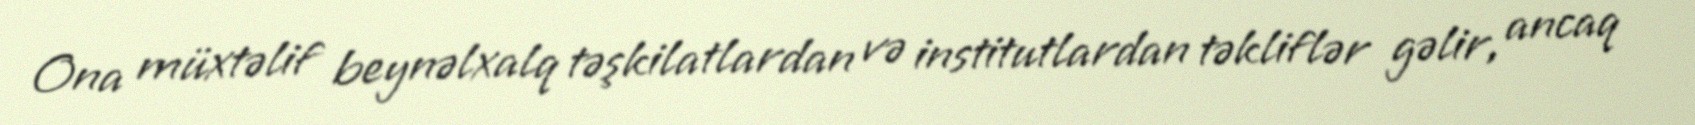
Ona müxtəlif beynəlxalq təşkilatlardan və institutlardan təkliflər gəlir, ancaq